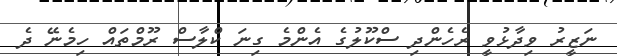
ނަޒީރު ވިދާޅުވީ ރެހެންދި ސްކޫލުގެ އެންމެ ގިނަ ކްލާސް ރޫމްތައް ހިމެނޭ ދެ